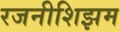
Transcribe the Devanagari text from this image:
रजनीशिझम